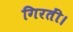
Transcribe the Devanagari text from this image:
गिरतीं।